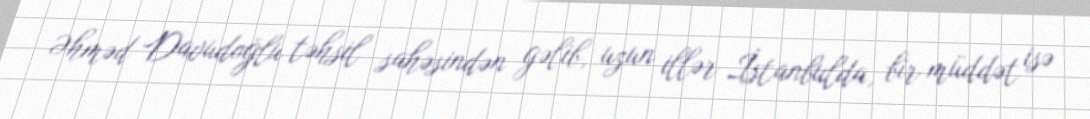
Əhməd Davudoğlu təhsil sahəsindən gəlib, uzun illər İstanbulda, bir müddət isə